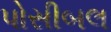
પોસીબલ